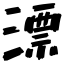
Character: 漂